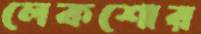
লেকশোর